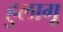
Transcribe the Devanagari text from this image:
हुलागू